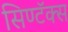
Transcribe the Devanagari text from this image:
सिण्टॅक्स